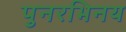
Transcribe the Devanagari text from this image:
पुनरभिनय